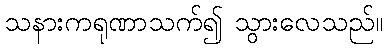
သနားကရုဏာသက်၍ သွားလေသည်။